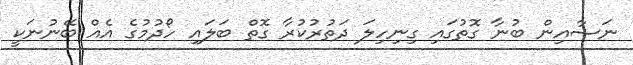
ނަސާއިން ބުނާ ގޮތުގައި ގިނިހިލަ ދަތުރުކުރާ ގޮތް ބަލައި ހޯދުމުގެ އެއް ބޭނުނަކީ